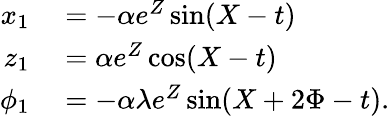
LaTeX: \begin{array}{rl}{x_{1}}&{{}=-\alpha e^{Z}\sin(X-t)}\\ {z_{1}}&{{}=\alpha e^{Z}\cos(X-t)}\\ {\phi_{1}}&{{}=-\alpha\lambda e^{Z}\sin(X+2\Phi-t).}\end{array}